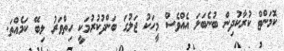
ކޮމަންޓް ކުރާކުދިން ބުނެބަލަ އެއްވެސް މީހަކު ޖަލުގަ ބަންދުކުރުމަކީ ހިތްވަރު ލިބޭ ކަމެއްތަ.